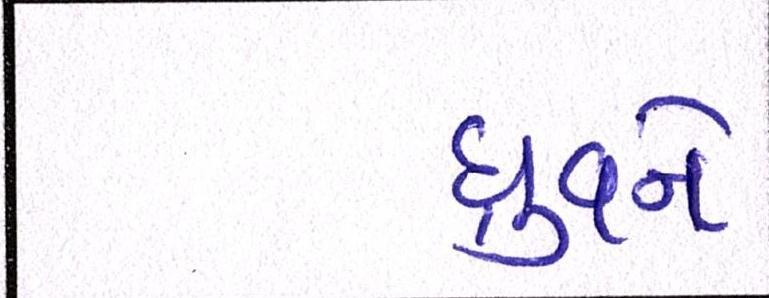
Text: ધ્રુવને